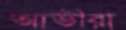
আভীরা